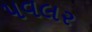
પવલર